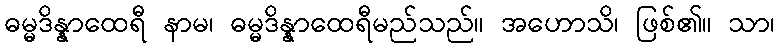
ဓမ္မဒိန္နာထေရီ နာမ၊ ဓမ္မဒိန္နာထေရီမည်သည်။ အဟောသိ၊ ဖြစ်၏။ သာ၊